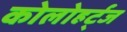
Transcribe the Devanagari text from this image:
कोलोहर्ट्ज